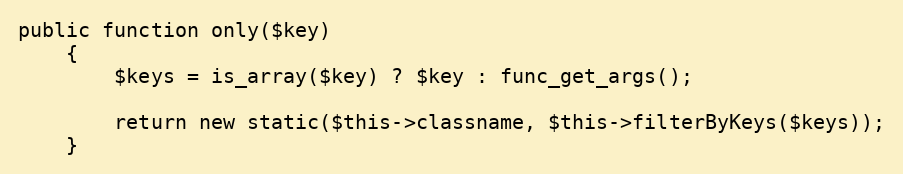
Language: PHP
public function only($key)
    {
        $keys = is_array($key) ? $key : func_get_args();

        return new static($this->classname, $this->filterByKeys($keys));
    }